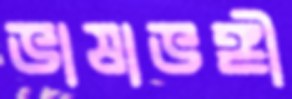
ভাষাভঙ্গী